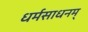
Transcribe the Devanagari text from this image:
धर्मसाधनम्